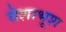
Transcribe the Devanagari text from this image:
वेशाभूश